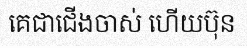
គេជាជើងចាស់ ហើយប៊ុន